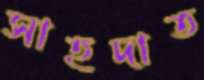
সাহদাত